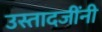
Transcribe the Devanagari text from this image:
उस्तादजींनी